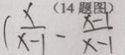
( \frac { x } { x - 1 } - \frac { x - 1 } { x - 1 }